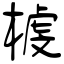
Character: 榩